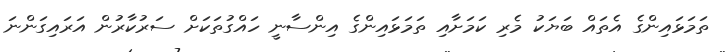
ތަމަޅައިންގެ އެތައް ބަޔަކު މެރި ކަމަށާއި ތަމަޅައިންގެ އިންސާނީ ހައްގުތަކަށް ސަރުކާރުން އަރައިގަންނަ